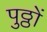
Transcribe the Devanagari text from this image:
पुठ्ठों